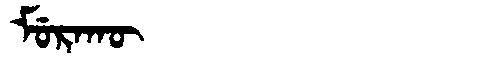
Manchu: ᠮᡠᡵᠠᡴᡡ
Romanization: MURAKŪ